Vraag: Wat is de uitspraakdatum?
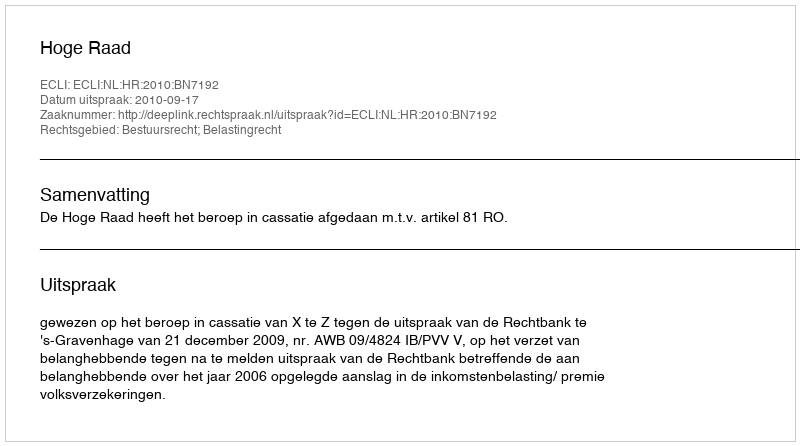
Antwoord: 2010-09-17